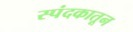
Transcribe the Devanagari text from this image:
स्पंदकातून